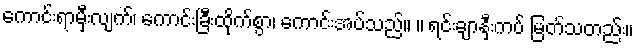
ကောင်းရာမှီးလျက်၊ ကောင်းခြီးထိုက်စွာ၊ ကောင်းအပ်သည်။ ။ ရင်းချာနှီးကပ် မြတ်သတည်း။